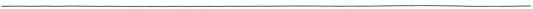
___